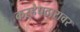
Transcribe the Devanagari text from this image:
कऱ्हेपठारावर